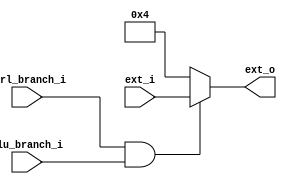
`timescale 1ns / 1ps


module branch(
    input               ctrl_branch_i,
    input               alu_branch_i,
    input       [31:0]  ext_i,
    output      [31:0]  ext_o
    );
    wire branch_en;
    assign branch_en = ctrl_branch_i & alu_branch_i;
    assign ext_o = branch_en ? ext_i : 32'h0000_0004;
endmodule